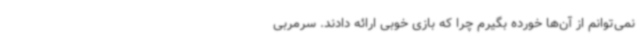
نمی‌توانم از آن‌ها خورده بگیرم چرا که بازی خوبی ارائه دادند. سرمربی